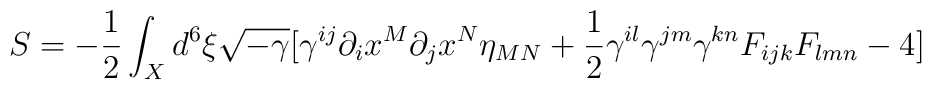
S=-\frac{1}{2}\int_{X} d^{6}\xi \sqrt{-\gamma}[\gamma^{ij}\partial_{i}x^{M}\partial_{j}x^{N}\eta_{MN}+\frac{1}{2}\gamma^{il}\gamma^{jm}\gamma^{kn}F_{ijk}F_{lmn}-4]